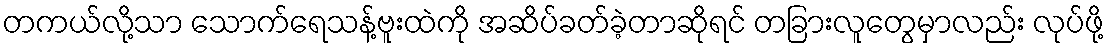
တကယ်လို့သာ သောက်ရေသန့်ဗူးထဲကို အဆိပ်ခတ်ခဲ့တာဆိုရင် တခြားလူတွေမှာလည်း လုပ်ဖို့